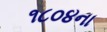
૧૮૦૪ના